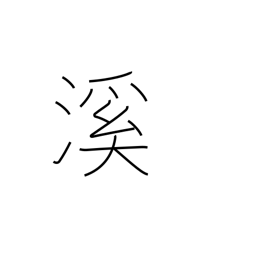
Meaning: valley